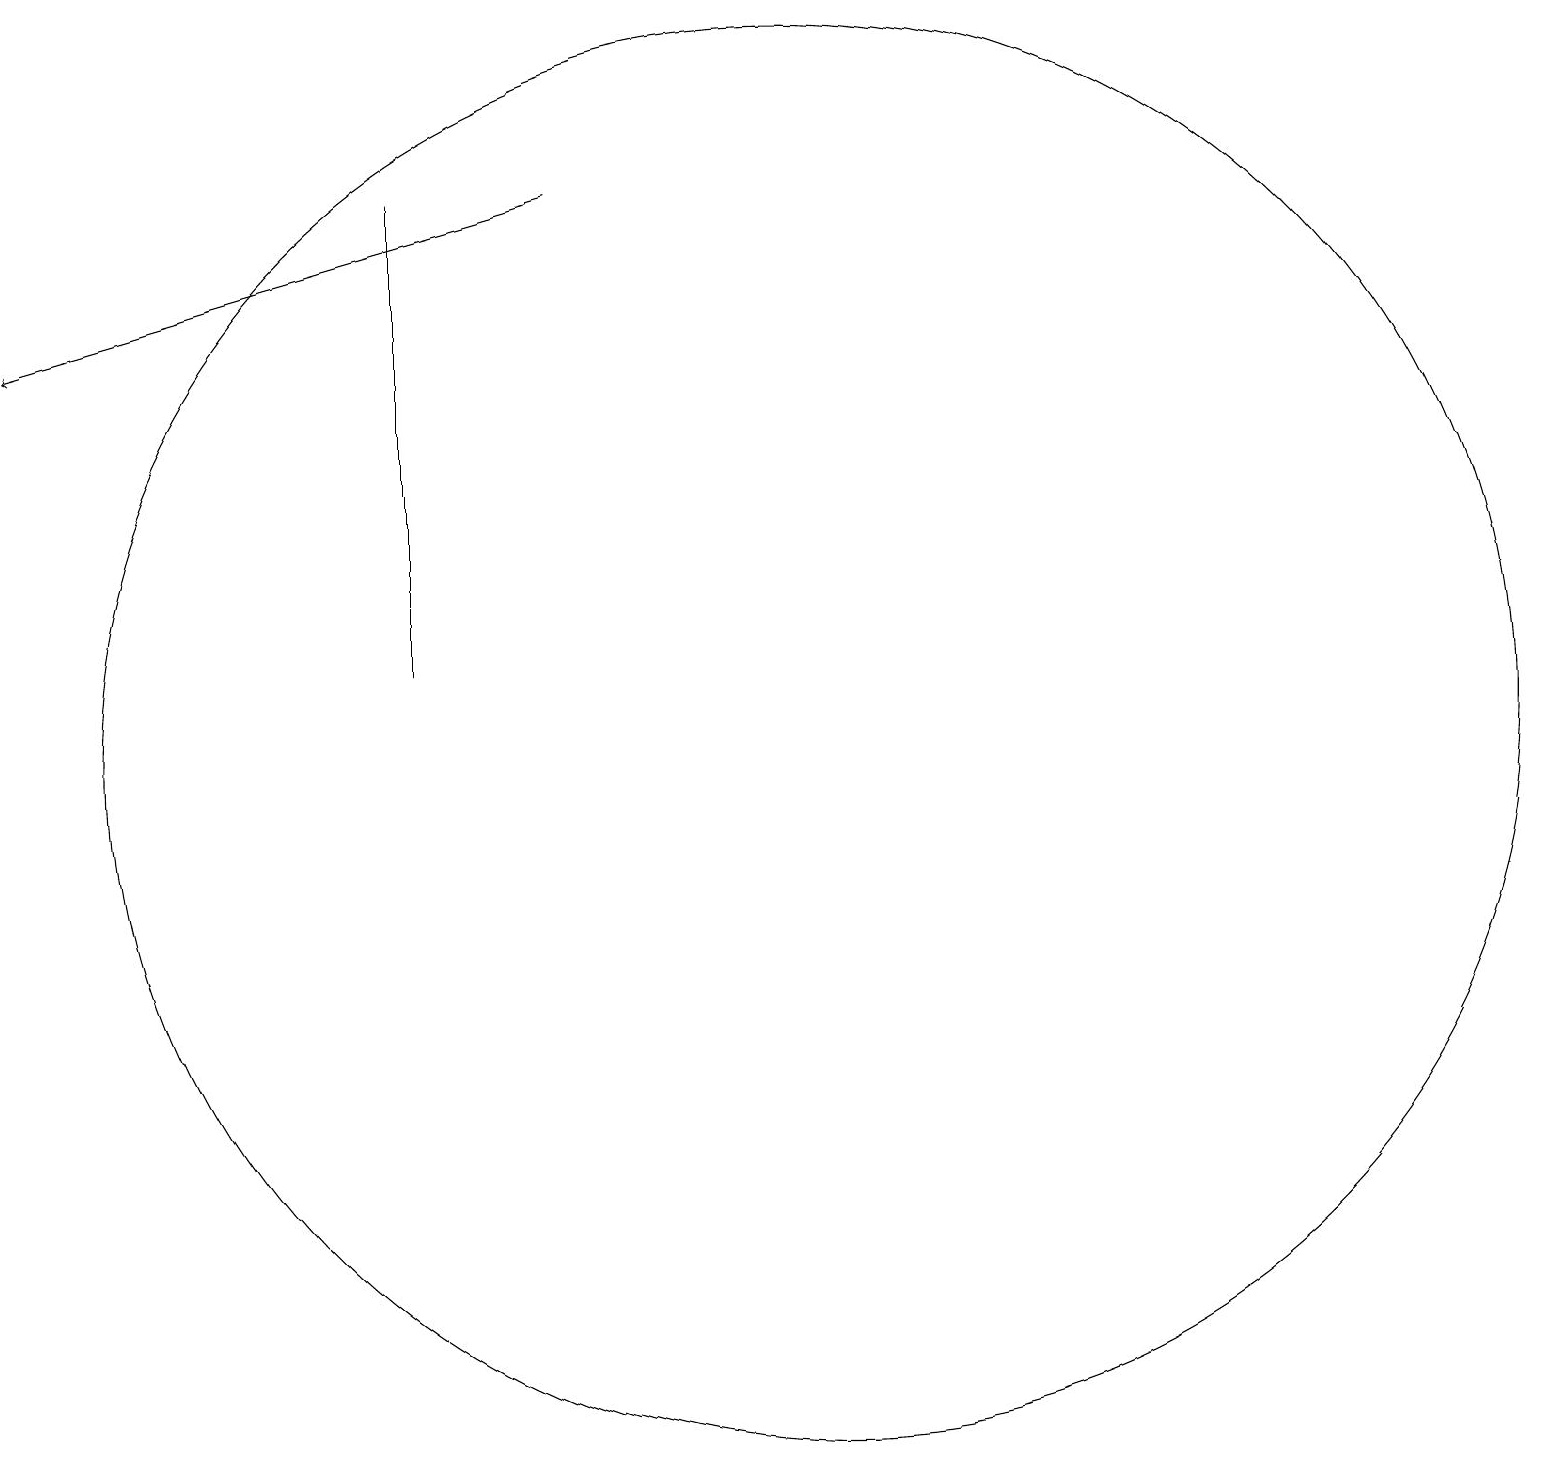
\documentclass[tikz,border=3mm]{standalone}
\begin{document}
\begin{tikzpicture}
\draw (11,12) circle (9);
\draw (6,13) rectangle (6,19);
\draw[->] (8,19) -- (1,17);
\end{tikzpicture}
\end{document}